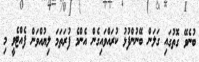
ބުނެވޭ ގޮތުގައި ގަލަން ބޭނުންފުޅު ކުރައްވައިގެން އެންމެ ފުރަތަމަ ލިޔުއްވަން ފެއްޓެވީ މި